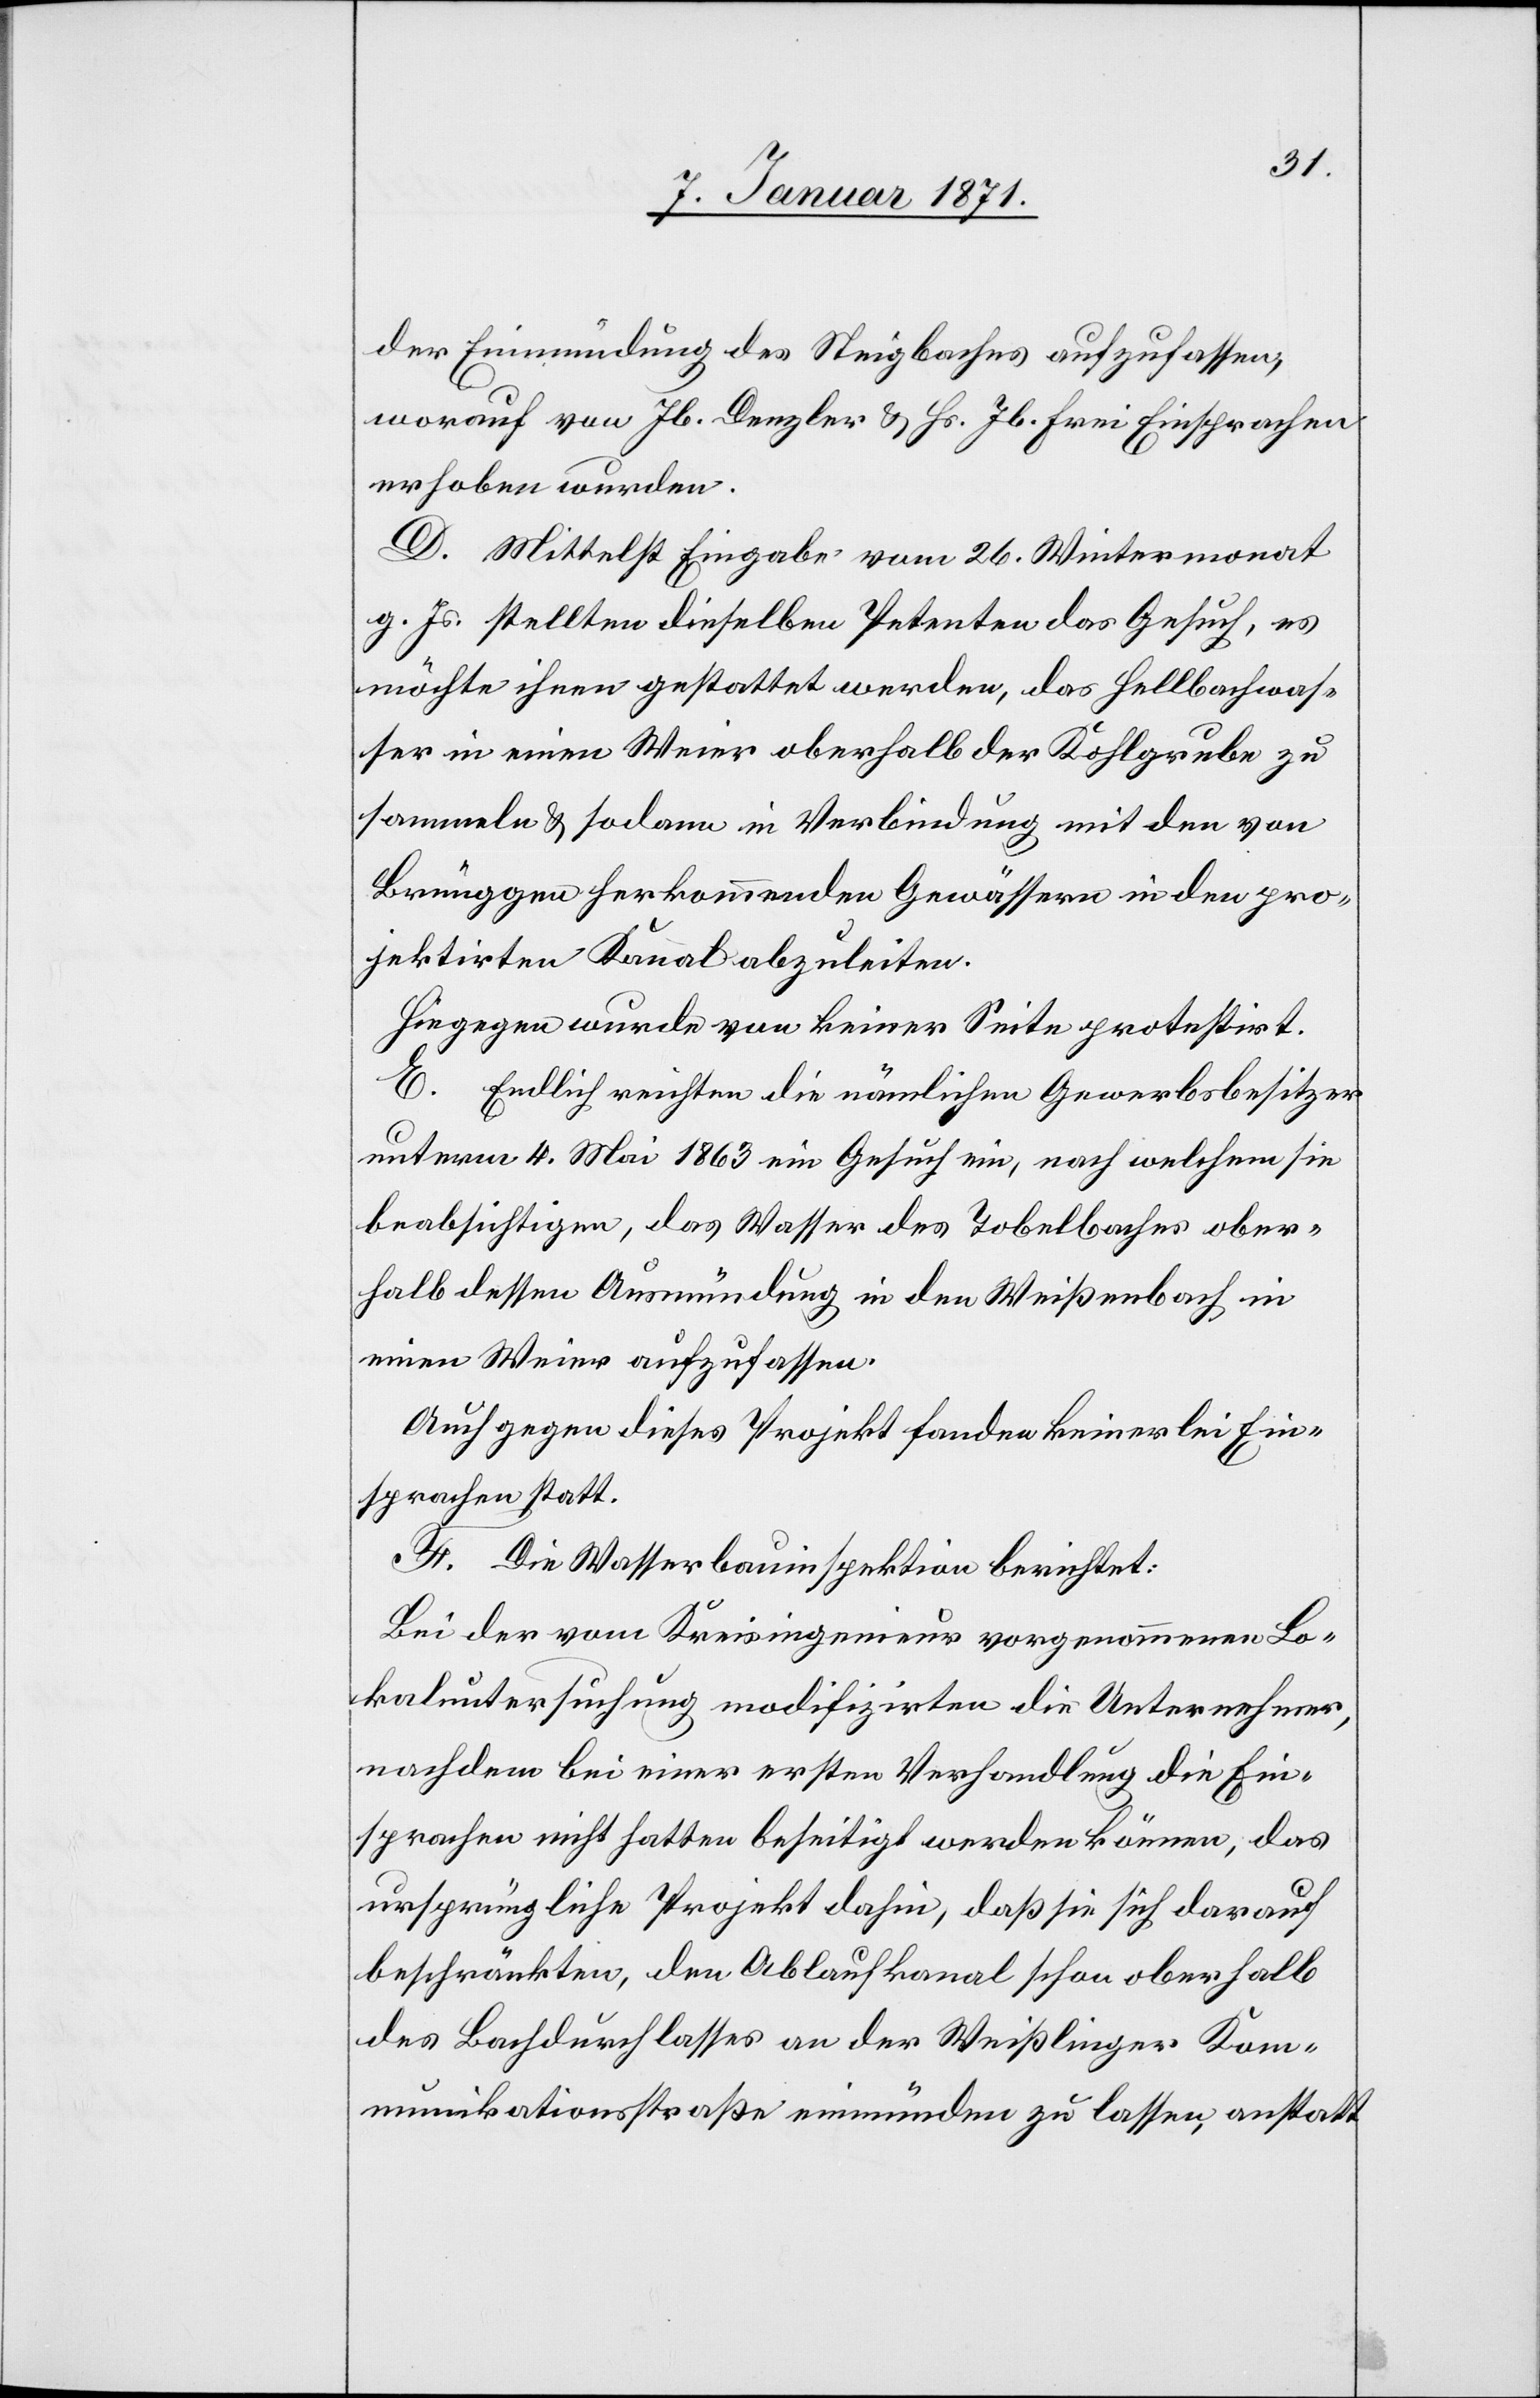
der Einmündung des Steigbaches aufzufassen,
worauf von Jb. Denzler u. Hs. Jb. Frei Einsprachen
erhoben wurden.
D. Mittelst Eingabe vom 26. Wintermonat
g. Js. stellten dieselben Petenten das Gesuch, es
möchte ihnen gestattet werden, das Hellbachwas¬
ser in einen Weier oberhalb der Kohlgrube zu
sammeln u. sodann in Verbindung mit den von
Brünggen herkommenden Gewässern in den pro¬
jektirten Kanal abzuleiten.
Hiegegen wurde von keiner Seite protestirt.
E. Endlich reichten die nämlichen Gewerbsbesitzer
unterm 4. Mai 1863 ein Gesuch ein, nach welchem sie
beabsichtigen, das Wasser des Tobelbaches ober¬
halb dessen Ausmündung in den Weißenbach in
einen Weier aufzufassen.
Auch gegen dieses Projekt fanden keinerlei Ein¬
sprachen statt.
F. Die Wasserbauinspektion berichtet:
Bei der vom Kreisingenieur vorgenommenen Lo¬
kaluntersuchung modifizirten die Unternehmer,
nachdem bei einer ersten Verhandlung die Ein¬
sprachen nicht hatten beseitigt werden können, das
ursprüngliche Projekt dahin, daß sie sich darauf
beschränkten, den Ablaufkanal schon oberhalb
des Bachdurchlasses an der Weißlinger Kom¬
munikationsstraße einmünden zu lassen, anstatt